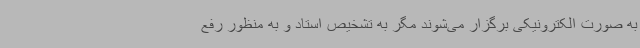
به صورت الکترونیکی برگزار می‌شوند مگر به تشخیص استاد و به منظور رفع